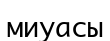
миуасы